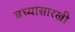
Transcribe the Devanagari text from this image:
बघ्‍यासारखी